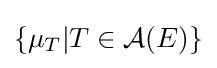
\{\mu _{T}|T\in {\mathcal {A}}(E)\}